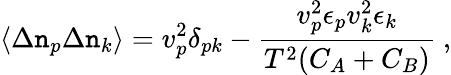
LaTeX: \langle\Delta\mathtt{n}_{p}\Delta\mathtt{n}_{k}\rangle={v}_{p}^{2}\delta_{pk}-{\frac{{{v}_{p}^{2}\epsilon_{p}{v}_{k}^{2}\epsilon_{k}}}{{T^{2}(C_{A}+C_{B})}}}\ ,